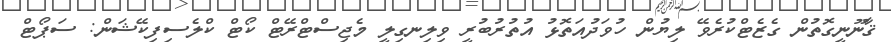
ޤާނޫނީގޮތުން ގެޒެޓްކުރެވޭ ލިޔުން ހުވަދުއަތޮޅު އުތުރުބުރީ ވިލިނގިލީ މެޖިސްޓްރޭޓް ކޯޓް ކްލެސިފިކޭޝަން: ސަޕޯޓް